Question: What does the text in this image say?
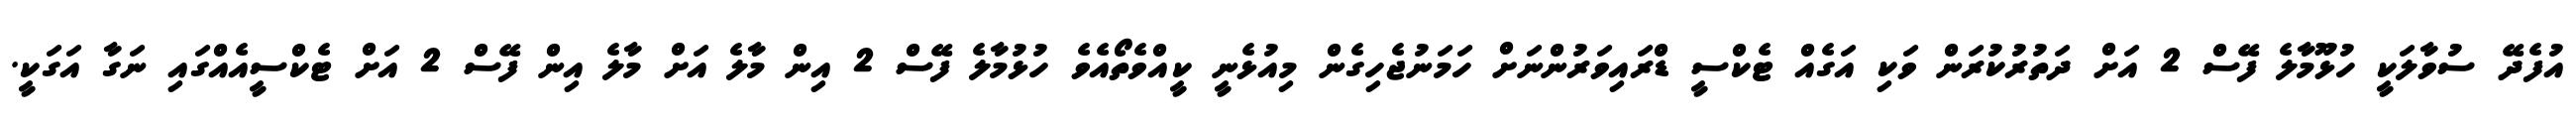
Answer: އުފެދޭ ސުވާލަކީ ހުޅޫމާލެ ފޭސް 2 އަށް ދަތުރުކުރަން ވަކި އަގެއް ޓެކްސީ ޑްރައިވަރުންނަށް ހަމަނުޖެހިގެން މިއުޅެނީ ކީއްވެތޯއެވެ ހުޅުމާލެ ފޭސް 2 އިން މާލެ އަށް މާލެ އިން ފޭސް 2 އަށް ޓެކްސީއެއްގައި ނަގާ އަގަކީ.